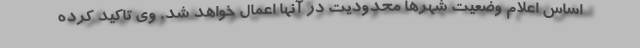
اساس اعلام وضعیت شهرها محدودیت در آنها اعمال خواهد شد. وی تاکید کرده